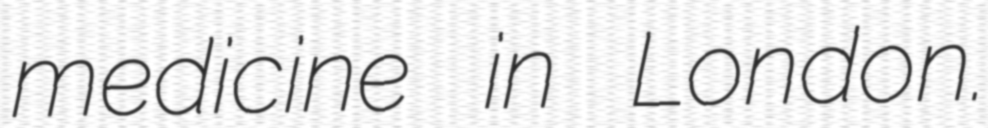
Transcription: medicine in London.